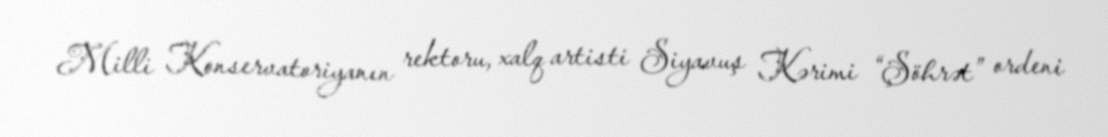
Milli Konservatoriyanın rektoru, xalq artisti Siyavuş Kərimi “Şöhrət” ordeni